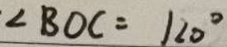
\angle B O C = 1 2 0 ^ { \circ }